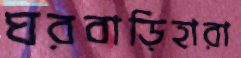
ঘরবাড়িহারা